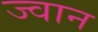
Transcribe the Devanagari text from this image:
ज्वान